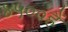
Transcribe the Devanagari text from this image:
४५००हैं